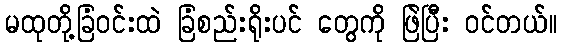
မထုတို့ခြံဝင်းထဲ ခြံစည်းရိုးပင် တွေကို ဖြဲပြီး ဝင်တယ်။